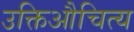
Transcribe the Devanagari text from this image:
उक्तिऔचित्य